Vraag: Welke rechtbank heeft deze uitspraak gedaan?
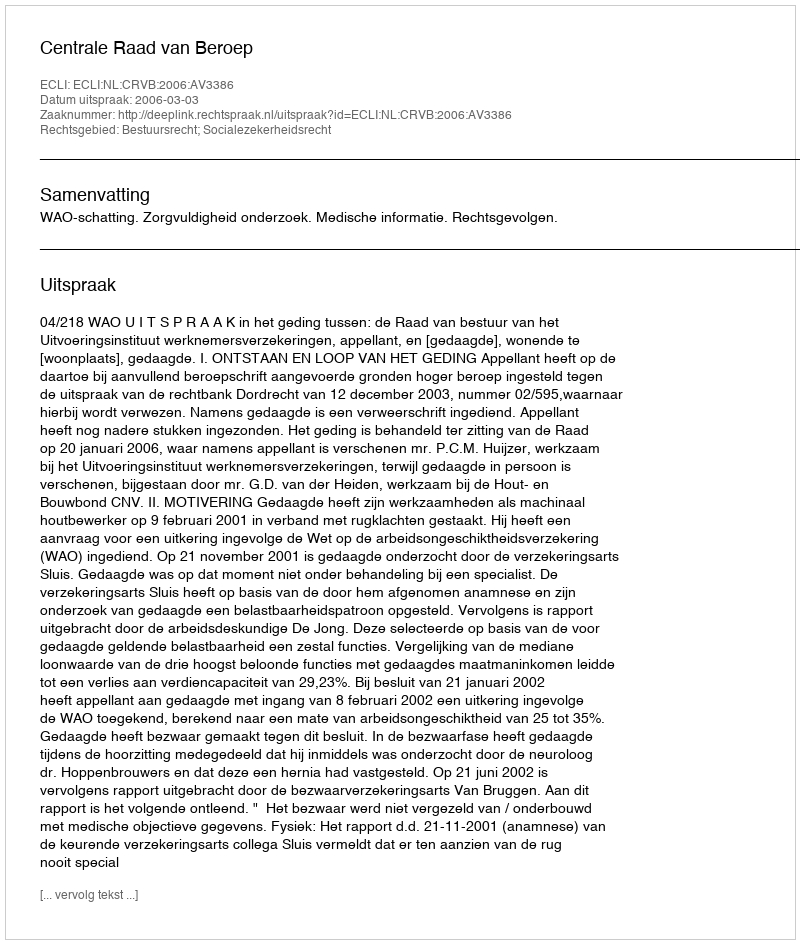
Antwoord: Centrale Raad van Beroep